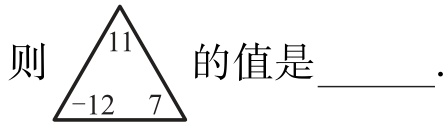
则$\begin{array}{|c|}\hline11\\\hline - 12\ \ 7\\\hline\end{array}$的值是______.